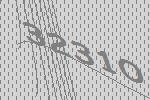
32310